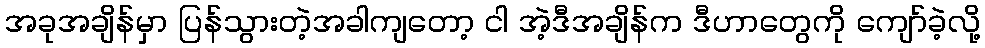
အခုအချိန်မှာ ပြန်သွားတဲ့အခါကျတော့ ငါ အဲ့ဒီအချိန်က ဒီဟာတွေကို ကျော်ခဲ့လို့